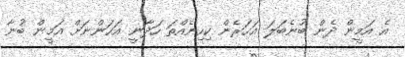
އެ އަމީން ދެން ބުނެބަލަ އަހަރެން ކިހިނެއްތަ ހަދާނީ އަހަންނަށް އަމީން ބުނާ